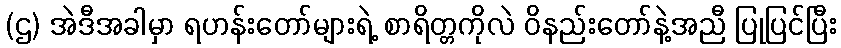
(ဌ) အဲဒီအခါမှာ ရဟန်းတော်များရဲ့ စာရိတ္တကိုလဲ ဝိနည်းတော်နဲ့အညီ ပြုပြင်ပြီး